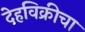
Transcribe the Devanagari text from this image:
देहविक्रीचा